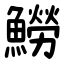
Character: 䲏